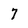
Character: 7